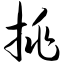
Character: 挑